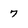
Character: 7